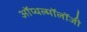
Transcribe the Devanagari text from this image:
ऑप्थल्मॉलॉजी